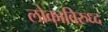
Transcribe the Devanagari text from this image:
लोकाविरुध्द